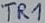
Text: TR1